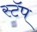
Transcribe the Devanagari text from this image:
स्टॅप